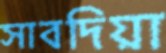
সাবদিয়া